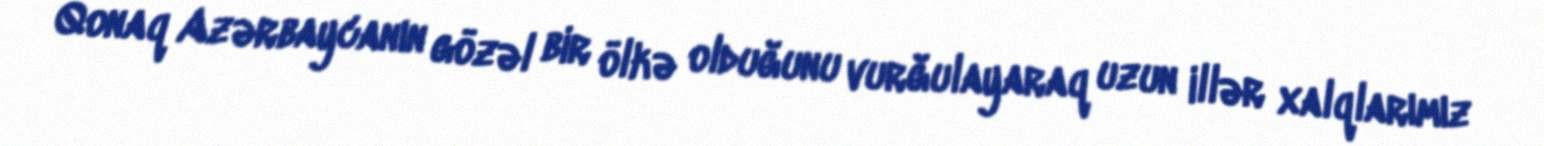
Qonaq Azərbaycanın gözəl bir ölkə olduğunu vurğulayaraq uzun illər xalqlarımız